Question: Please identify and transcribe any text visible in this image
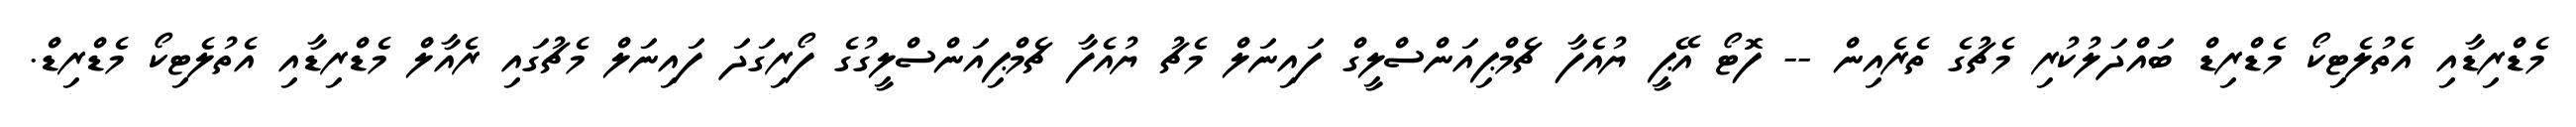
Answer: މެޑްރިޑާއި އެތުލެޓިކޯ މެޑްރިޑް ބައްދަލުކުރި މެޗުގެ ތެރެއިން -- ފޮޓޯ އޭޕީ ޔުއެފާ ޗެމްޕިއަންސްލީގް ފައިނަލް މެޗު ޔުއެފާ ޗެމްޕިއަންސްލީގުގެ ފޯރިގަދަ ފައިނަލް މެޗުގައި ރެއާލް މެޑްރިޑާއި އެތުލެޓިކޯ މެޑްރިޑް.